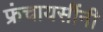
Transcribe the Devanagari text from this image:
फ्रंचायसींनी